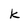
Character: k